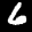
Label: 6